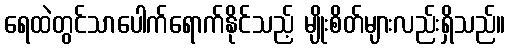
ရေထဲတွင်သာပေါက်ရောက်နိုင်သည့် မျိုးစိတ်များလည်းရှိသည်။